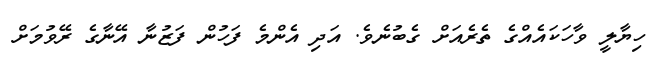
ހިޔާލީ ވާހަކައެއްގެ ތެރެއަށް ގެބުނެވެ. އަދި އެންމެ ފަހުން ފަޒުނާ އޭނާގެ ރޭވުމަށް